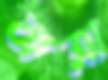
বাত্রা